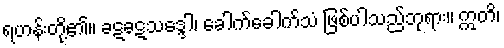
ရဟန်းတို့၏။ ခဋခဋသဒ္ဒေါ၊ ခေါက်ခေါက်သံ ဖြစ်ပါသည်ဘုရား။ ဣတိ၊